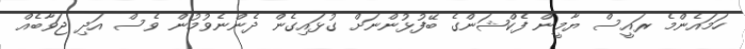
ހަމައެންމެ ރައީސް ޔާމީން ފެކްޝަންގެ ބޭފުޅުންނަށް ގުޅައިގެން ދެންނެވުމުން ވެސް އަދި ޖަވާބެއް